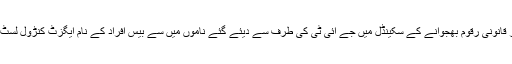
وفاقی کابینہ نے سندھ سے بیرون ملک غیر قانونی رقوم بھجوانے کے سکینڈل میں جے آئی ٹی کی طرف سے دیئے گئے ناموں میں سے بیس افراد کے نام ایگزٹ کنڑول لسٹ سے نکالنے کی سفارش مسترد کردی ہے۔